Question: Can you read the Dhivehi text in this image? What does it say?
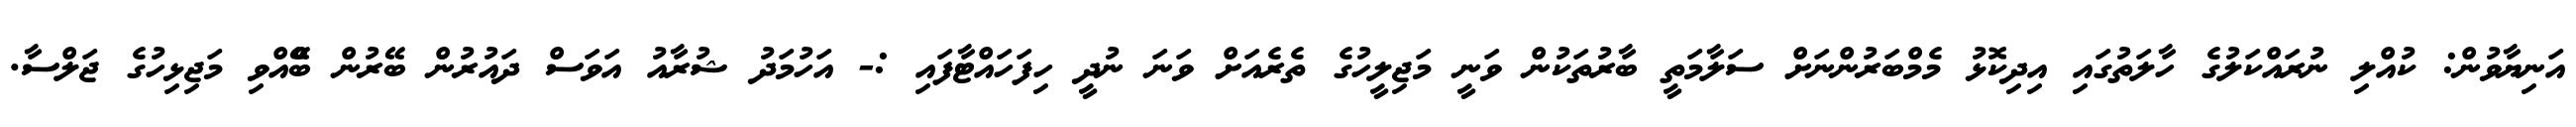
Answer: އަނިޔާވުން: ކުއްލި ނުރައްކަލުގެ ހާލަތުގައި އިދިކޮޅު މެމްބަރުންނަށް ސަލާމަތީ ބާރުތަކުން ވަނީ މަޖިލީހުގެ ތެރެއަށް ވަނަ ނުދީ ހިފަހައްޓާފައި :- އަހުމަދު ޝުރާއު އަވަސް ދައުރުން ބޭރުން ބޭްއްވި މަޖިޅިހުގެ ޖަލްސާ.